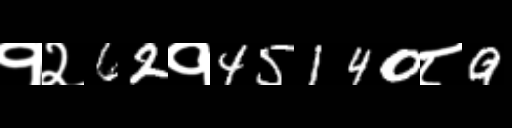
Text: १२62१45140८9